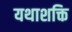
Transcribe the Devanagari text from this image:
यथाशक्ति